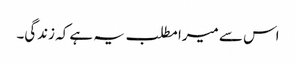
اس سے میرا مطلب یہ ہے کہ زندگی۔